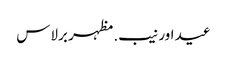
عید اور نیب. مظہر برلاس